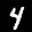
Label: 4